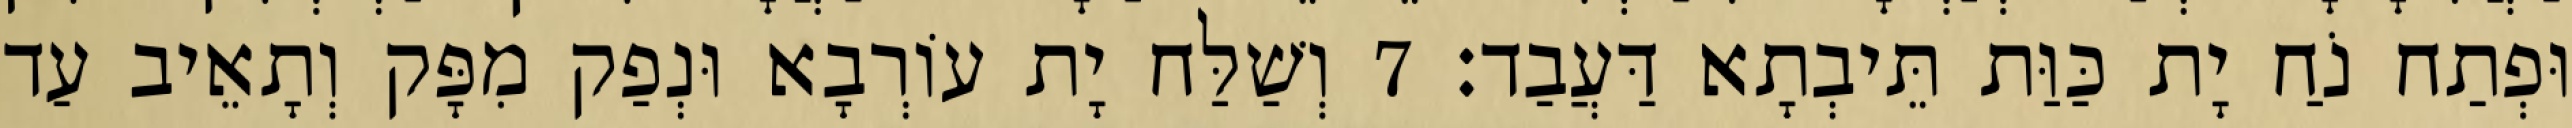
וּפְתַח נֹחַ יָת כַּוַּת תֵּיבְתָא דַּעֲבַד׃ 7 וְשַׁלַּח יָת עוֹרְבָא וּנְפַק מִפָּק וְתָאֵיב עַד